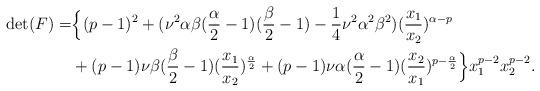
LaTeX: \begin{align*} \aligned\det(F)= &\Big\{(p-1)^2+(\nu^2\alpha\beta(\frac{\alpha}{2}-1)(\frac{\beta}{2}-1)-\frac{1}{4}\nu^2\alpha^2\beta^2)(\frac{x_1}{x_2})^{\alpha-p}\\&+(p-1)\nu\beta(\frac{\beta}{2}-1)(\frac{x_1}{x_2})^{\frac{\alpha}{2}}+(p-1)\nu\alpha(\frac{\alpha}{2}-1)(\frac{x_2}{x_1})^{p-\frac{\alpha}{2}}\Big\}x_1^{p-2}x_2^{p-2}.\endaligned\end{align*}